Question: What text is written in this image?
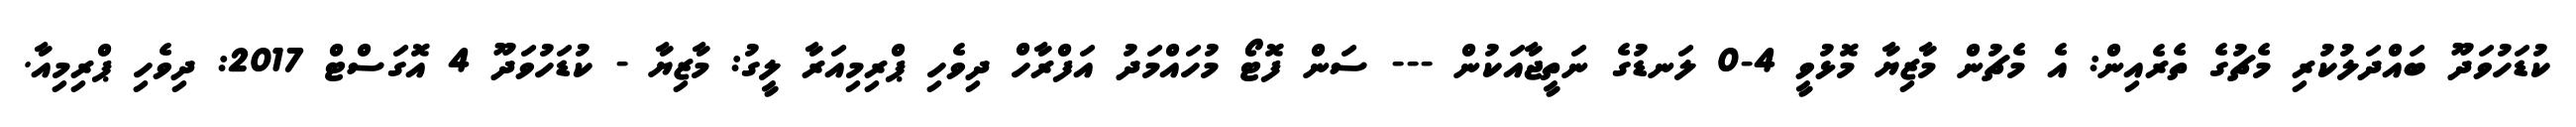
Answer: ކުޑަހުވަދޫ ބައްދަލުކުރި މެޗުގެ ތެރެއިން: އެ މެޗުން މާޒިޔާ މޮޅުވީ 4-0 ލަނޑުގެ ނަތީޖާއަކުން --- ސަން ފޮޓޯ މުހައްމަދު އަފްރާހް ދިވެހި ޕްރިމިއަރާ ލީގު: މާޒިޔާ - ކުޑަހުވަދޫ 4 އޮގަސްޓް 2017: ދިވެހި ޕްރިމިއާ.